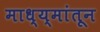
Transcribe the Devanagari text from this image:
माध्य्मांतून